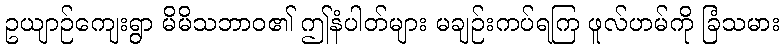
ဥယျာဉ်ကျေးရွာ မိမိသဘာဝ၏ ဤနံပါတ်များ မချဉ်းကပ်ရကြ ဖူလ်ဟမ်ကို ခြံသမား